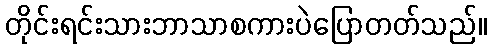
တိုင်းရင်းသားဘာသာစကားပဲပြောတတ်သည်။